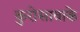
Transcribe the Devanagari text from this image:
कुरोसावाके